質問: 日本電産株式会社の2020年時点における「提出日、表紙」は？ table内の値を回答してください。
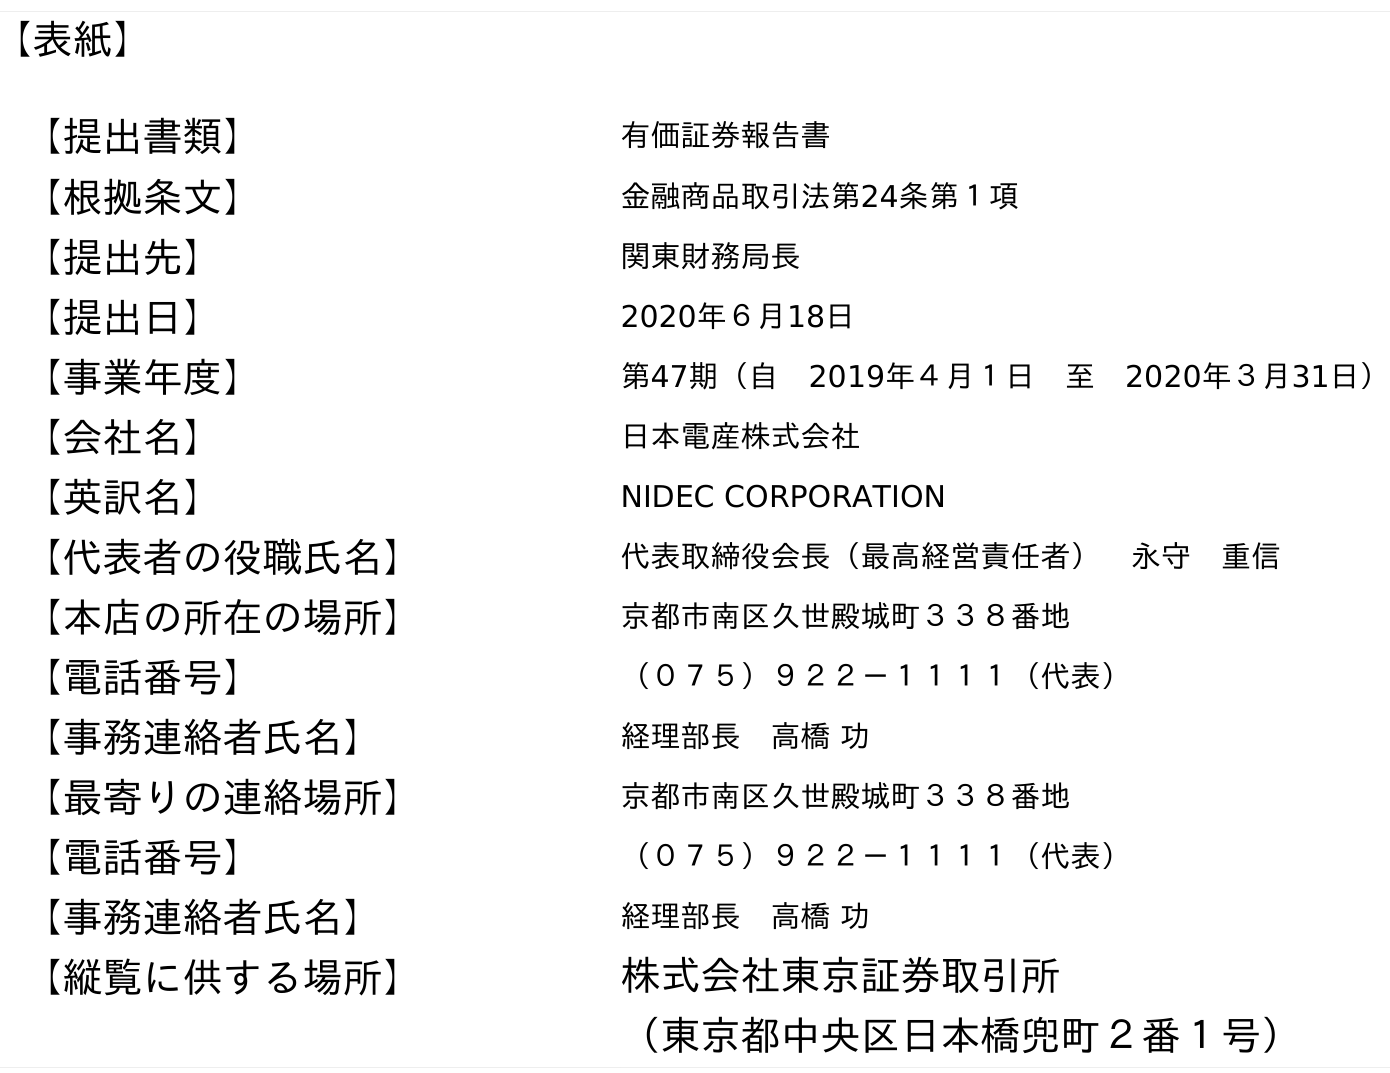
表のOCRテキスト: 【表紙】 【提出書類】 有価証券報告書 【根拠条文】 金融商品取引法第24条第１項 【提出先】 関東財務局長 【提出日】 2020年６月18日 【事業年度】 第47期（自 2019年４月１日 至 2020年３月31日） 【会社名】 日本電産株式会社 【英訳名】 NIDEC CORPORATION 【代表者の役職氏名】 代表取締役会長（最高経営責任者） 永守 重信 【本店の所在の場所】 京都市南区久世殿城町３３８番地 【電話番号】 （０７５）９２２－１１１１（代表） 【事務連絡者氏名】 経理部長 高橋 功 【最寄りの連絡場所】 京都市南区久世殿城町３３８番地 【電話番号】 （０７５）９２２－１１１１（代表） 【事務連絡者氏名】 経理部長 高橋 功 【縦覧に供する場所】 株式会社東京証券取引所 （東京都中央区日本橋兜町２番１号）
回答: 2020年６月18日